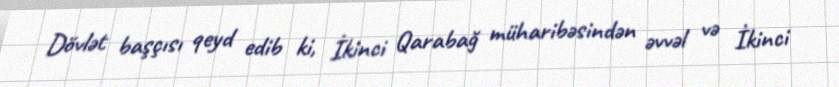
Dövlət başçısı qeyd edib ki, İkinci Qarabağ müharibəsindən əvvəl və İkinci